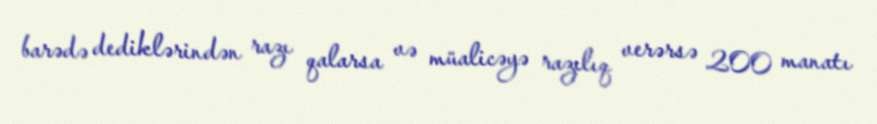
barədə dediklərindən razı qalarsa və müalicəyə razılıq verərsə 200 manatı